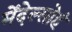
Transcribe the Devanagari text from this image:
मेंदेल्सोहं